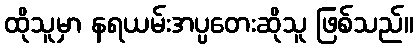
ထိုသူမှာ နရယမ်းအပ္ပတေးဆိုသူ ဖြစ်သည်။